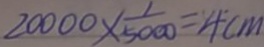
2 0 0 0 0 \times \frac { 1 } { 5 0 0 0 } = 4 c m